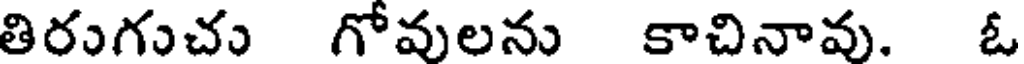
తిరుగుచు గోవులను కాచినావు. ఓ